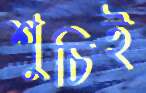
শুচিই